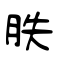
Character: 肤